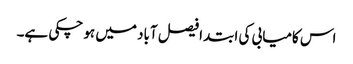
اس کامیابی کی ابتدا فیصل آباد میں ہو چکی ہے۔